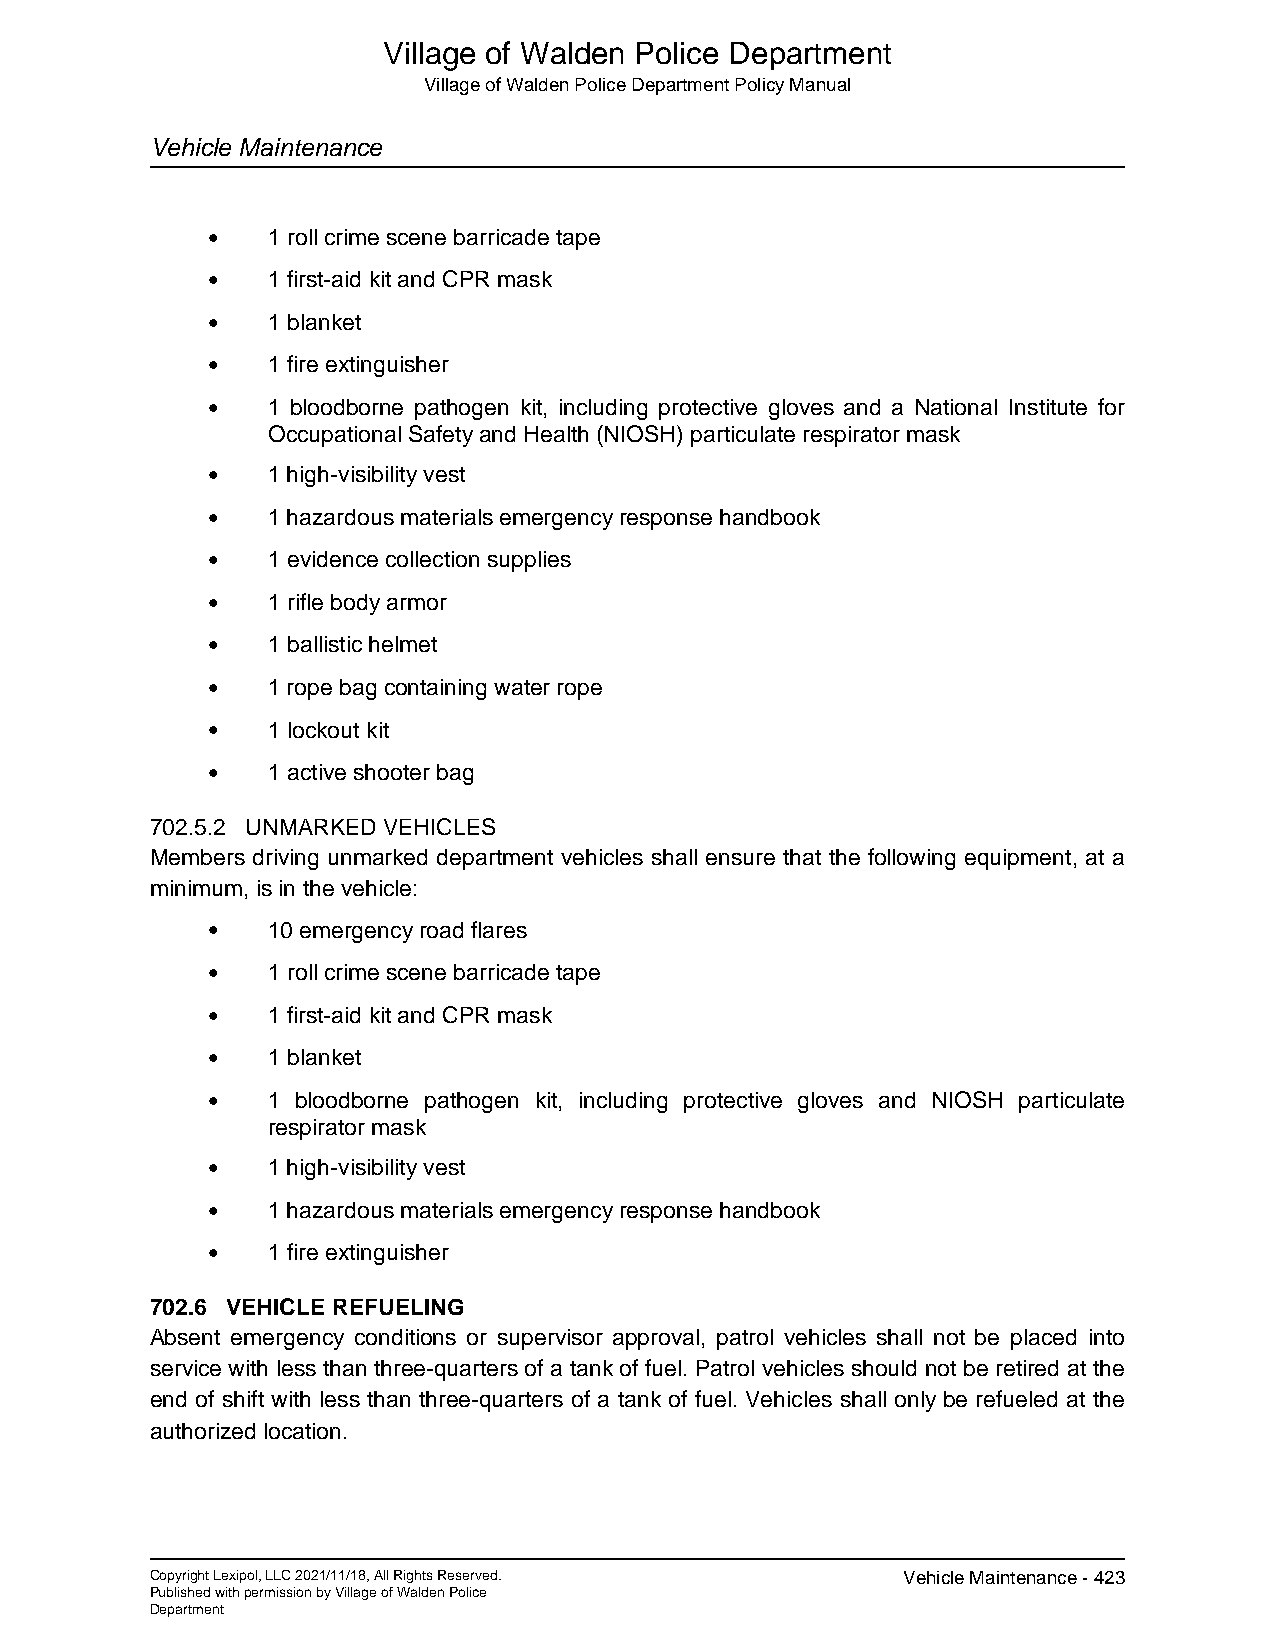
Village of Walden Police Department
 Village of Walden Police Department Policy Manual
 Vehicle Maintenance
 •   1 roll crime scene barricade tape
 •   1 first-aid kit and CPR mask
 •   1 blanket
 •   1 fire extinguisher
 •   1 bloodborne pathogen kit, including protective gloves and a National Institute for
 Occupational Safety and Health (NIOSH) particulate respirator mask
 •   1 high-visibility vest
 •   1 hazardous materials emergency response handbook
 •   1 evidence collection supplies
 •   1 rifle body armor
 •   1 ballistic helmet
 •   1 rope bag containing water rope
 •   1 lockout kit
 •   1 active shooter bag
 702.5.2 UNMARKED VEHICLES
 Members driving unmarked department vehicles shall ensure that the following equipment, at a
 minimum, is in the vehicle:
 •   10 emergency road flares
 •   1 roll crime scene barricade tape
 •   1 first-aid kit and CPR mask
 •   1 blanket
 •   1 bloodborne pathogen kit, including protective gloves and NIOSH particulate
 respirator mask
 •   1 high-visibility vest
 •   1 hazardous materials emergency response handbook
 •   1 fire extinguisher
 702.6 VEHICLE REFUELING
 Absent emergency conditions or supervisor approval, patrol vehicles shall not be placed into
 service with less than three-quarters of a tank of fuel. Patrol vehicles should not be retired at the
 end of shift with less than three-quarters of a tank of fuel. Vehicles shall only be refueled at the
 authorized location.
 Copyright Lexipol, LLC 2021/11/18, All Rights Reserved. Vehicle Maintenance - 423
 Published with permission by Village of Walden Police
 Department